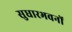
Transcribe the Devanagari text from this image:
सुधारभवनों